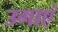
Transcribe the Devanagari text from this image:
उगाएं